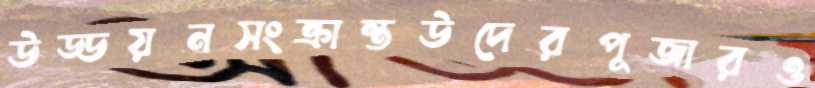
উড্ডয়নসংক্রান্তউদেরপূজারও